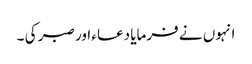
انہوں نے فرمایا دعاء اور صبر کی ۔